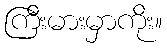
ကြီးမားမှာကိုး။